Report of the Indian Hemp Drugs Commission, 1894-1895 - Volume I
Year: 1894
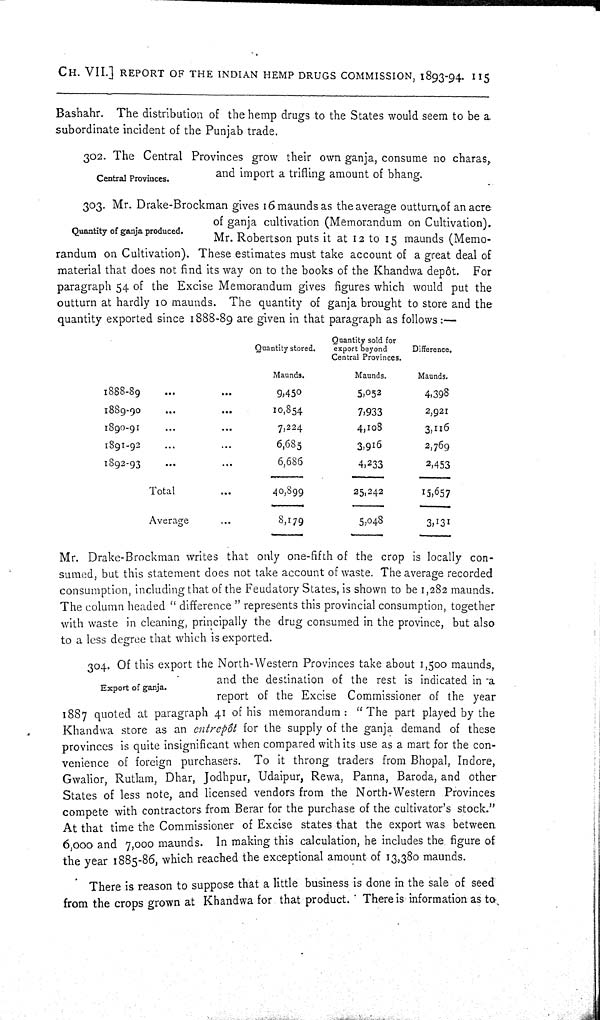
CH. VII.] REPORT OF THE INDIAN HEMP DRUGS COMMISSION, 1893-94. 115
Bashahr. The distribution of the hemp drugs to the States would seem to be a
subordinate incident of the Punjab trade.
Central Provinces.
302. The Central Provinces grow their own ganja, consume no charas,
and import a trifling amount of bhang.
Quantity of ganja produced.
303. Mr. Drake-Brockman gives 16 maunds as the average outturn of an acre
of ganja cultivation (Memorandum on Cultivation).
Mr. Robertson puts it at 12 to 15 maunds (Memo-
randum on Cultivation). These estimates must take account of a great deal of
material that does not find its way on to the books of the Khandwa depôt. For
paragraph 54 of the Excise Memorandum gives figures which would put the
outturn at hardly 10 maunds. The quantity of ganja brought to store and the
quantity exported since 1888-89 are given in that paragraph as follows:—
Quantity sold for
Quantity stored.
export beyond
Difference.
Central Provinces.
Maunds.
Maunds.
Maunds.
1888-89
9,450
5,052
4,398
1889-90
10,854
7,933
2,921
1890-91
7,224
4,108
3,116
1891-92
6,685
3,916
2,769
1892-93
6,686
4,233
2,453
Total
40,899
25,242
15,657
Average
8,179
5,048
3,131
Mr. Drake-Brockman writes that only one-fifth of the crop is locally con-
sumed, but this statement does not take account of waste. The average recorded
consumption, including that of the Feudatory States, is shown to be 1,282 maunds.
The column headed "difference" represents this provincial consumption, together
with waste in cleaning, principally the drug consumed in the province, but also
to a less degree that which is exported.
Export of ganja.
304. Of this export the North-Western Provinces take about 1,500 maunds,
and the destination of the rest is indicated in a
report of the Excise Commissioner of the year
1887 quoted at paragraph 41 of his memorandum: "The part played by the
Khandwa store as an entrepôt for the supply of the ganja demand of these
provinces is quite insignificant when compared with its use as a mart for the con-
venience of foreign purchasers. To it throng traders from Bhopal, Indore,
Gwalior, Rutlam, Dhar, Jodhpur, Udaipur, Rewa, Panna, Baroda, and other
States of less note, and licensed vendors from the North-Western Provinces
compete with contractors from Berar for the purchase of the cultivator's stock."
At that time the Commissioner of Excise states that the export was between
6,000 and 7,000 maunds. In making this calculation, he includes the figure of
the year 1885-86, which reached the exceptional amount of 13,380 maunds.
There is reason to suppose that a little business is done in the sale of seed
from the crops grown at Khandwa for that product. There is information as to